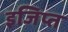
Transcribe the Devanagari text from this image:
इजिप्‍त